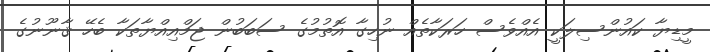
މީޑިޔާ ކައުންސިލަކީ އެއްވެސް ހަރަކާތެއް ނުހިގާ އޮތުމުގެ ސަބަބުން ޖަމްއިއްޔާތަކާ ބެހޭ ޤާނޫނުގެ